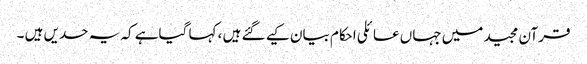
قرآن مجید میں جہاں عائلی احکام بیان کیے گئے ہیں ، کہا گیاہے کہ یہ حدیں ہیں ۔